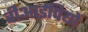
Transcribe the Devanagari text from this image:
वीआईपियों